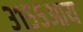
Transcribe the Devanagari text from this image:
३१५५आय